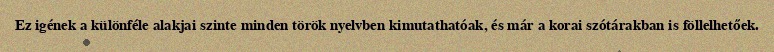
Ez igének a különféle alakjai szinte minden török nyelvben kimutathatóak, és már a korai szótárakban is föllelhetőek.